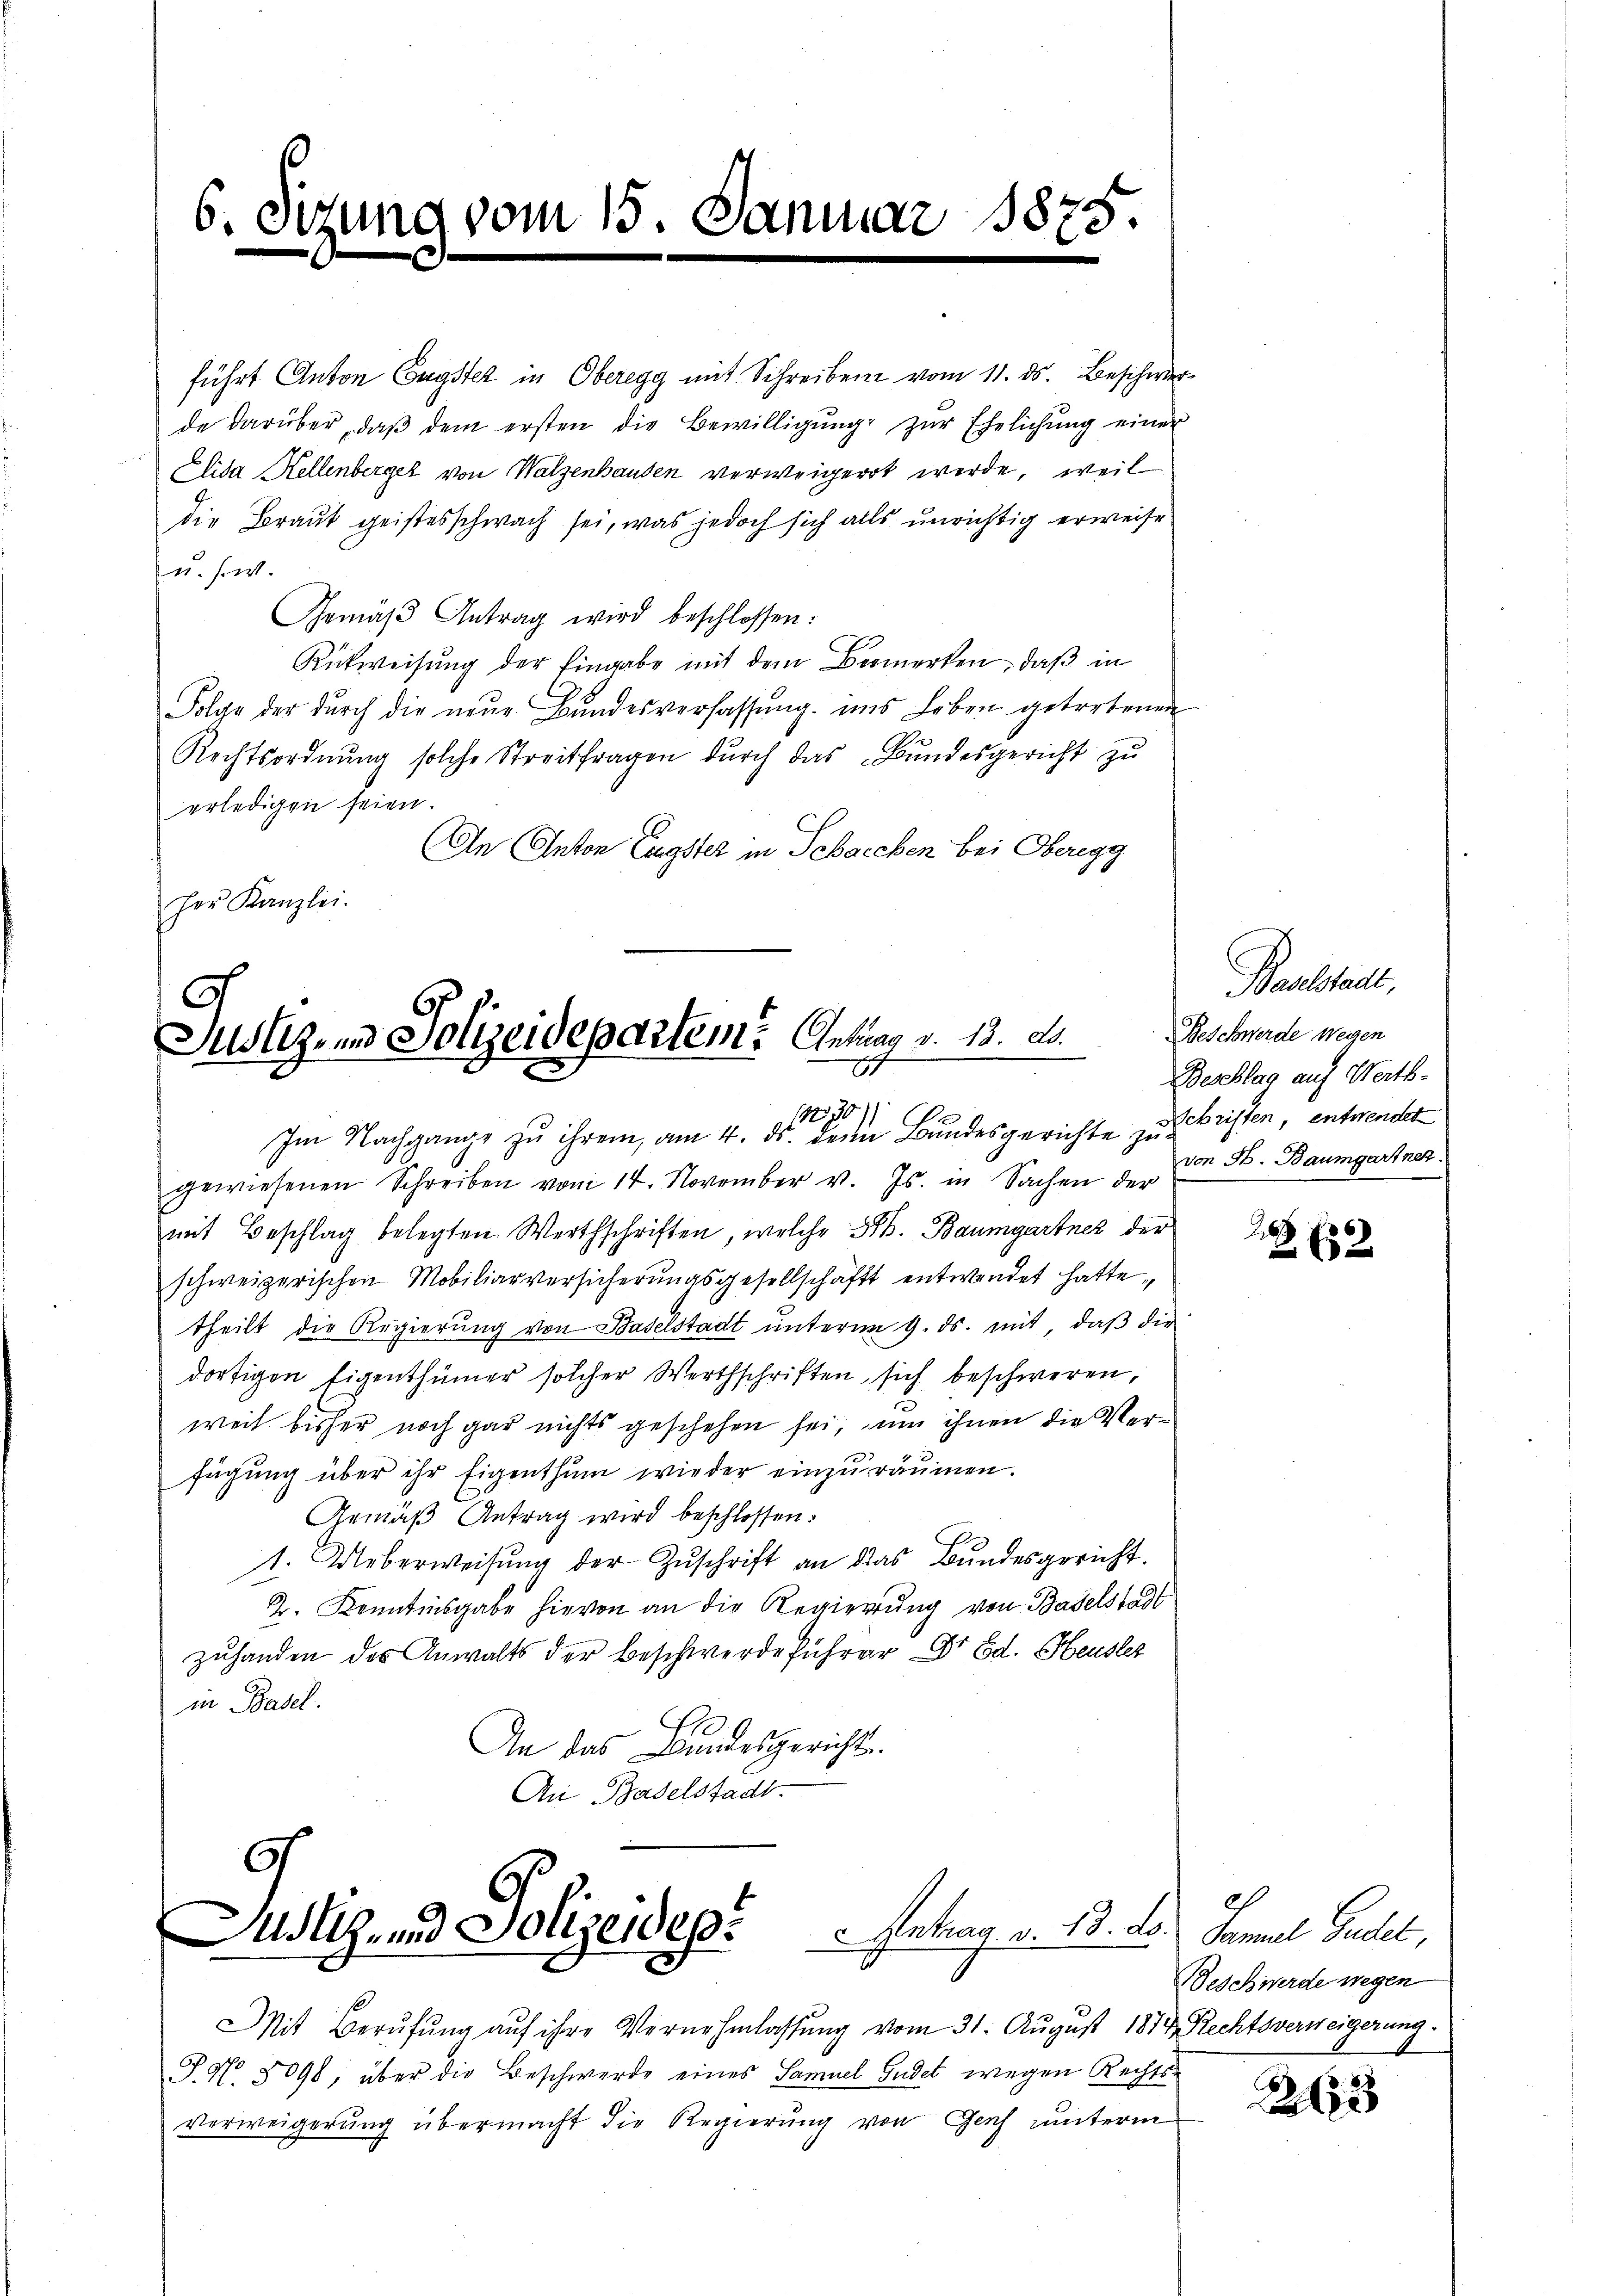
6. Sitzung vom 15. Jani

1875

führt Anton Engster in Oberegg mit Schreiben vom 11. ds. Beschwerde darüber, daβ dem ersten die Bewilligŭng zŭr Ehelichung einer
Elida Hellenberger von Walzenhausen verweigert werde, weil
die Braut geistesschwach sei, was jedoch sich alls unrichtig erweise¬
u. s. w.
Gemäβ Antrag wird beschlossen:
Rückweisung der Eingabe mit dem Bemerken, daß in
Folge der dŭrch die neŭe Bŭndesverfassŭng. ins Leben getretenen
Rechtsordnŭng solche Streitfragen dŭrch das Bŭndesgericht zŭ
erledigen seien.
In Anton Engster in Schacchen bei Oberegg
her Kanzlei.

Justiz, und Polizeidepartem Antrag v. 13. ds.
27
190/1
Im Nachgange zu ihrem, am 4. ds. dein Bundesgerichte zu schriften, entwendet

9
Justiz- und Polizeides Antrag v. 13. ds. Sammel Gudel,

gewiesenen Schreiben vom 14. November v. Js. in Sachen der
mit Beschlag belegten Werthschriften, welche 383. Baumgartner der
schweizerischen Mobiliarversicherungsgesellschäft entwendet hatte.
theilt die Regierung von Baselstadt unterm 9. ds. mit, daß die
dortigen Eigenthümer solcher Werthschriften sich beschweren,
weit bisher noch gar nichts geschehen sei, nun ihnen die Verfügung über ihr Eigenthum wieder einzuräumen.
Gemäß Antrag wird beschlossen:
1. Ueberweisŭng der Zŭschrift an das Bundesgericht.
2. Kenntnisgabe hievon an die Regierŭng von Baselstadt
zuhanden des Anwalts der Beschwerde führer Dr Ed. Heusler
in Basel.
An das Bundesgerichts¬
An Baselstadt.

Mit Berufung auf ihre Vernehmlassung vom 31. August 1814. Rechtsverweigerung.
J.N 8098, über die Beschwerde eines Samuel Gudet wegen Rechts-
Verweigerung übermacht die Regierung von Gesch unterm

Baselstadt,
Beschwerde wegen
Beschlag auf Werth.
von St. Baumgartner.

2
2. 652

Beschwerde wegen

263